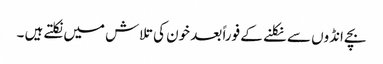
بچے انڈوں سے نکلنے کے فوراً بعد خون کی تلاش میں نکلتے ہیں ۔